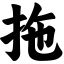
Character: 拖